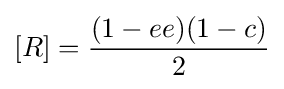
[R]={\frac {(1-ee)(1-c)}{2}}